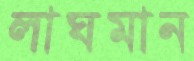
লাঘমান